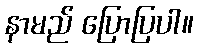
နာမည် ပြောပြပါ။